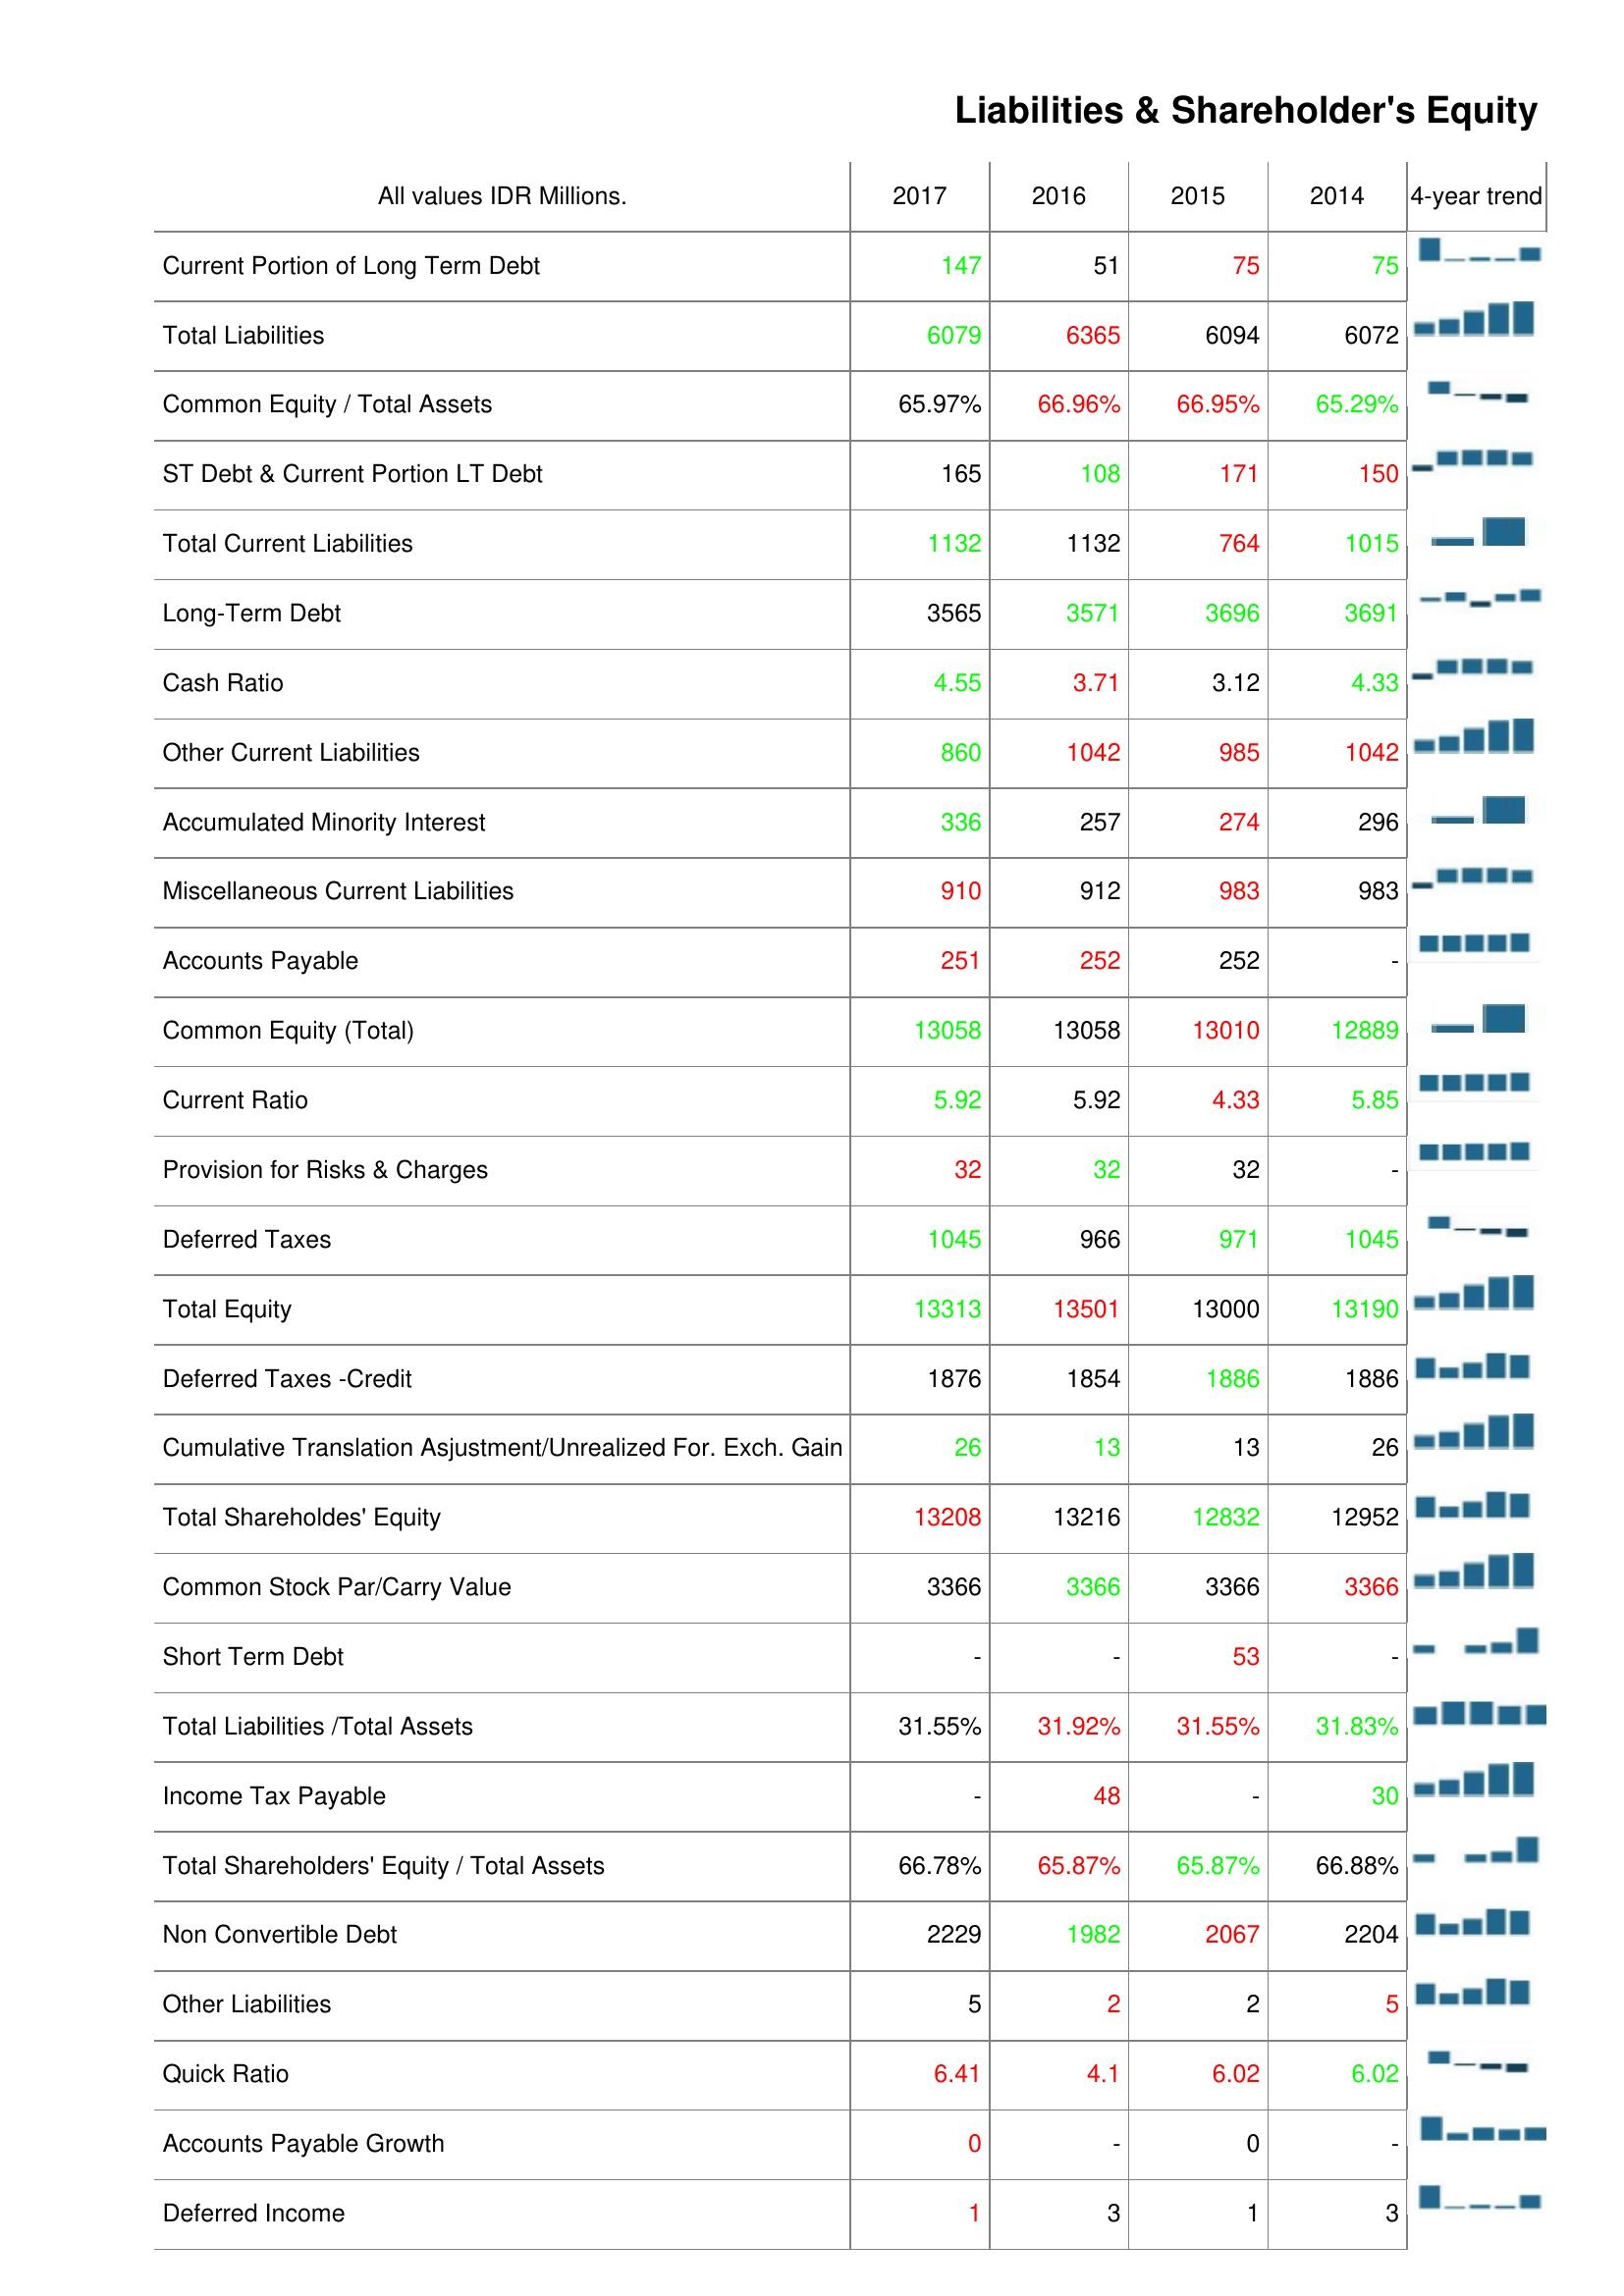
2017: Liabilities & Shareholder's Equity: Current Portion of Long Term Debt: 147
Total Liabilities: 6079
Common Equity / Total Assets: 65.97%
ST Debt & Current Portion LT Debt: 165
Total Current Liabilities: 1132
Long-Term Debt: 3565
Cash Ratio: 4.55
Other Current Liabilities: 860
Accumulated Minority Interest: 336
Miscellaneous Current Liabilities: 910
Accounts Payable: 251
Common Equity (Total): 13058
Current Ratio: 5.92
Provision for Risks & Charges: 32
Deferred Taxes: 1045
Total Equity: 13313
Deferred Taxes -Credit: 1876
Cumulative Translation Asjustment/Unrealized For. Exch. Gain: 26
Total Shareholdes' Equity: 13208
Common Stock Par/Carry Value: 3366
Short Term Debt: -
Total Liabilities /Total Assets: 31.55%
Income Tax Payable: -
Total Shareholders' Equity / Total Assets: 66.78%
Non Convertible Debt: 2229
Other Liabilities: 5
Quick Ratio: 6.41
Accounts Payable Growth: 0
Deferred Income: 1
2016: Liabilities & Shareholder's Equity: Current Portion of Long Term Debt: 51
Total Liabilities: 6365
Common Equity / Total Assets: 66.96%
ST Debt & Current Portion LT Debt: 108
Total Current Liabilities: 1132
Long-Term Debt: 3571
Cash Ratio: 3.71
Other Current Liabilities: 1042
Accumulated Minority Interest: 257
Miscellaneous Current Liabilities: 912
Accounts Payable: 252
Common Equity (Total): 13058
Current Ratio: 5.92
Provision for Risks & Charges: 32
Deferred Taxes: 966
Total Equity: 13501
Deferred Taxes -Credit: 1854
Cumulative Translation Asjustment/Unrealized For. Exch. Gain: 13
Total Shareholdes' Equity: 13216
Common Stock Par/Carry Value: 3366
Short Term Debt: -
Total Liabilities /Total Assets: 31.92%
Income Tax Payable: 48
Total Shareholders' Equity / Total Assets: 65.87%
Non Convertible Debt: 1982
Other Liabilities: 2
Quick Ratio: 4.1
Accounts Payable Growth: -
Deferred Income: 3
2015: Liabilities & Shareholder's Equity: Current Portion of Long Term Debt: 75
Total Liabilities: 6094
Common Equity / Total Assets: 66.95%
ST Debt & Current Portion LT Debt: 171
Total Current Liabilities: 764
Long-Term Debt: 3696
Cash Ratio: 3.12
Other Current Liabilities: 985
Accumulated Minority Interest: 274
Miscellaneous Current Liabilities: 983
Accounts Payable: 252
Common Equity (Total): 13010
Current Ratio: 4.33
Provision for Risks & Charges: 32
Deferred Taxes: 971
Total Equity: 13000
Deferred Taxes -Credit: 1886
Cumulative Translation Asjustment/Unrealized For. Exch. Gain: 13
Total Shareholdes' Equity: 12832
Common Stock Par/Carry Value: 3366
Short Term Debt: 53
Total Liabilities /Total Assets: 31.55%
Income Tax Payable: -
Total Shareholders' Equity / Total Assets: 65.87%
Non Convertible Debt: 2067
Other Liabilities: 2
Quick Ratio: 6.02
Accounts Payable Growth: 0
Deferred Income: 1
2014: Liabilities & Shareholder's Equity: Current Portion of Long Term Debt: 75
Total Liabilities: 6072
Common Equity / Total Assets: 65.29%
ST Debt & Current Portion LT Debt: 150
Total Current Liabilities: 1015
Long-Term Debt: 3691
Cash Ratio: 4.33
Other Current Liabilities: 1042
Accumulated Minority Interest: 296
Miscellaneous Current Liabilities: 983
Accounts Payable: -
Common Equity (Total): 12889
Current Ratio: 5.85
Provision for Risks & Charges: -
Deferred Taxes: 1045
Total Equity: 13190
Deferred Taxes -Credit: 1886
Cumulative Translation Asjustment/Unrealized For. Exch. Gain: 26
Total Shareholdes' Equity: 12952
Common Stock Par/Carry Value: 3366
Short Term Debt: -
Total Liabilities /Total Assets: 31.83%
Income Tax Payable: 30
Total Shareholders' Equity / Total Assets: 66.88%
Non Convertible Debt: 2204
Other Liabilities: 5
Quick Ratio: 6.02
Accounts Payable Growth: -
Deferred Income: 3